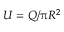
U = Q / \uppi R ^ { 2 }